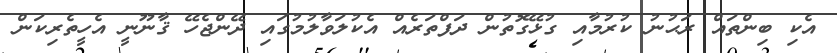
އެކި ބިންތައް ރަޙުނު ކުރުމާއި ގުޅޭގޮތުން ދަފްތަރެއް އެކުލަވާލުމުގައި ދޭންޖެހޭ ޤާނޫނީ އެހީތެރިކަން